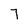
Character: 7